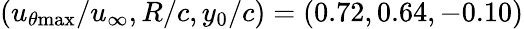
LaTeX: (u_{\theta\mathrm{{max}}}/u_{\infty},R/c,y_{0}/c)=(0.72,0.64,-0.10)